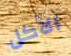
الأكل